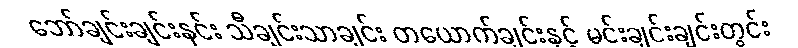
ဘော်ချင်းချင်းနင်း သီချင်းသာချင်း တယောက်ချင်းနှင့် မင်းချင်းချင်းတွင်း